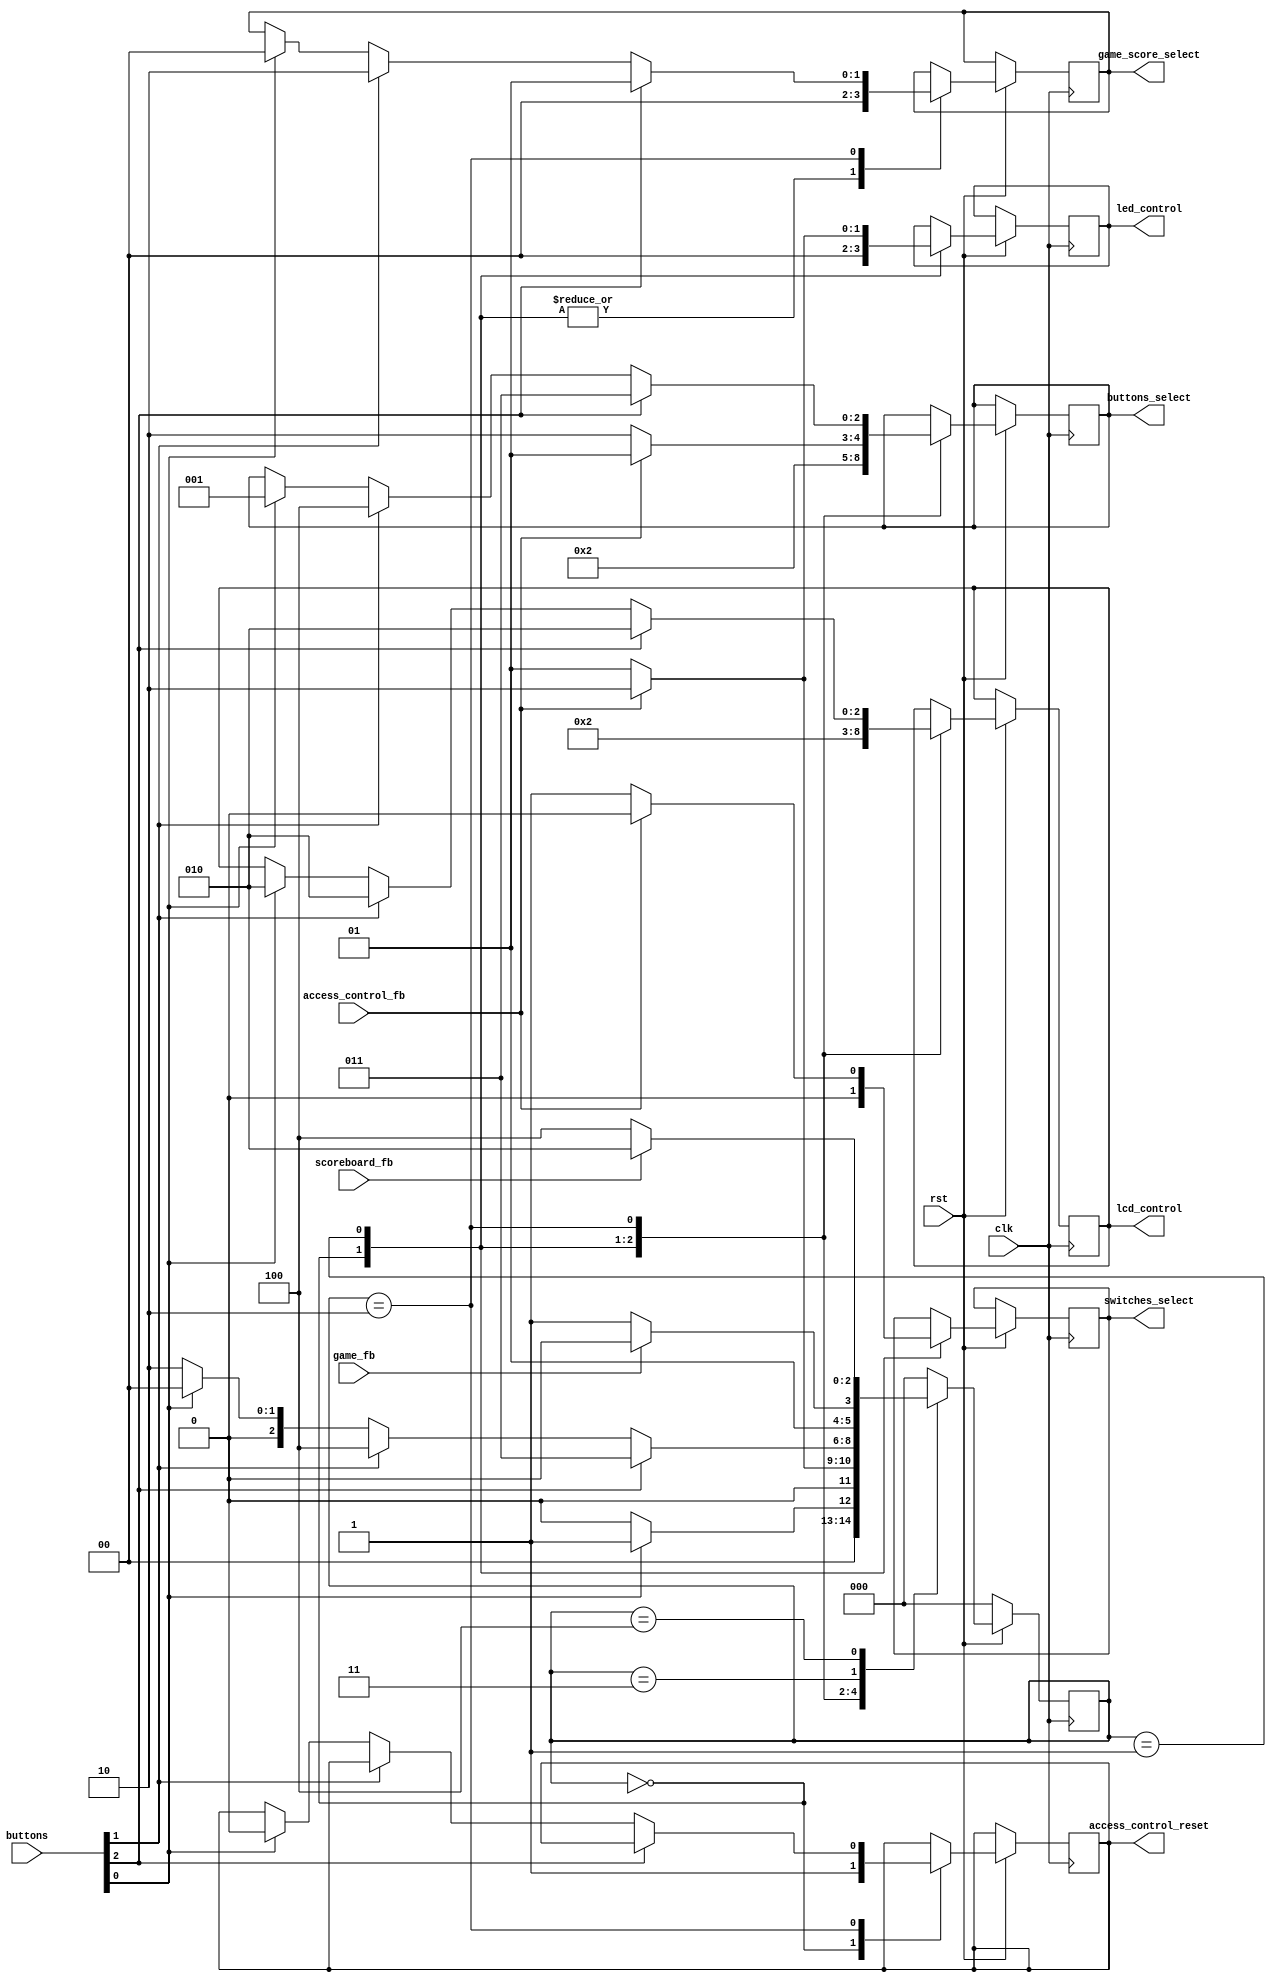
//sikender

module ProcessControl(
	input [0:0] clk, 
	input [0:0] rst, 
	input [2:0] buttons,
	//feedback signals 
	input [0:0] access_control_fb, 
	input [0:0] game_fb, 
	input [0:0] scoreboard_fb, 
	//hardware signals
	output reg [2:0] buttons_select,
	output reg [0:0] switches_select,
	output reg [1:0]  game_score_select,
//	output reg [0:0] password_change,
	//lcd & LEDs
	output reg [2:0] lcd_control,
	output reg [1:0] led_control,

	output reg [0:0] access_control_reset); 
	
	parameter 
			  INIT=0, 
			  ACCESSCONTROL=1,
			  TRANSITION=2,
	 		  GAME=3,
	 		  SCOREBOARD=4; 

	reg [2:0] STATE;

	always @(posedge clk) begin
		if(!rst) begin
			STATE <= INIT; 
		end
		else begin
			case(STATE)
				INIT: begin
					buttons_select <= 1;
					switches_select <= 0; 
					game_score_select <= 0; 
					lcd_control <= 0; 
					led_control <= 0; 
					access_control_reset <= 1;  
					if(buttons[0] == 1) begin
						STATE <= ACCESSCONTROL; 
					end
					else begin
						STATE <= INIT; 
					end
				end
				ACCESSCONTROL: begin // need to add delays
					buttons_select <= 2;
					switches_select <= 1; 
					game_score_select <=0; 
					lcd_control <= 1; 
					led_control <= 1; 
					if(access_control_fb == 1) begin
						buttons_select <= 1;
						switches_select <= 0; 
						game_score_select <=0;  
						lcd_control <= 2; 
						led_control <= 2; // green
						STATE <= TRANSITION;
					end else begin
						led_control <= 1; 
						lcd_control <= 2; // display invalid password
						STATE <= ACCESSCONTROL;
					end
				end
				TRANSITION: begin
					if(buttons[2] == 1) begin
						buttons_select <= 3; 
						game_score_select <=1;  
						lcd_control <= 2; // display play game
						STATE <= GAME;
					end
					else if(buttons[1] == 1) begin
						buttons_select <= 4;
						game_score_select <=2;  
						lcd_control <= 2; // display see see scores
						STATE <= SCOREBOARD; 
					end
					else if(buttons[0] == 1) begin
						buttons_select <= 1;
						game_score_select <=0;  
						lcd_control <= 2; // display logged out 
						access_control_reset <= 0; 
						STATE <= INIT; 
					end
					else begin
						STATE <= TRANSITION; 
					end
				end
				GAME: begin 
					if(game_fb == 1) begin
						STATE <= TRANSITION; 
					end
					else begin
						STATE <= GAME; 
					end
				end
				SCOREBOARD: begin
					if(scoreboard_fb == 1) begin
						STATE <= TRANSITION; 
					end else begin
						STATE <= SCOREBOARD; 
					end
				end
				default: begin
					STATE <= INIT;
				end
			endcase
		end
	end
endmodule